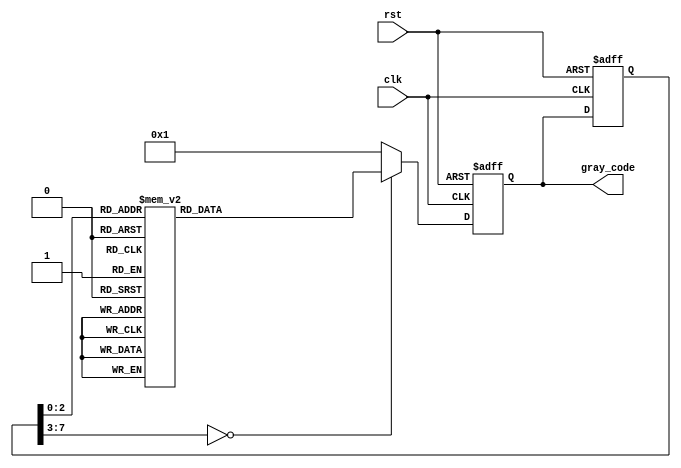
module johnson_gray_counter (
  input wire clk,
  input wire rst,
  output reg [7:0] gray_code
);

reg [7:0] prev_gray_code;

always @(posedge clk or posedge rst) begin
  if (rst) begin
    gray_code <= 8'b00000001;
    prev_gray_code <= 8'b00000001;
  end else begin
    case(prev_gray_code)
      8'b00000001: gray_code <= 8'b00000010;
      8'b00000010: gray_code <= 8'b00000011;
      8'b00000011: gray_code <= 8'b00000101;
      8'b00000101: gray_code <= 8'b00000111;
      8'b00000111: gray_code <= 8'b00000110;
      8'b00000110: gray_code <= 8'b00000100;
      8'b00000100: gray_code <= 8'b00000000;
      8'b00000000: gray_code <= 8'b00000001;
      default: gray_code <= 8'b00000001;
    endcase
    prev_gray_code <= gray_code;
  end
end

endmodule